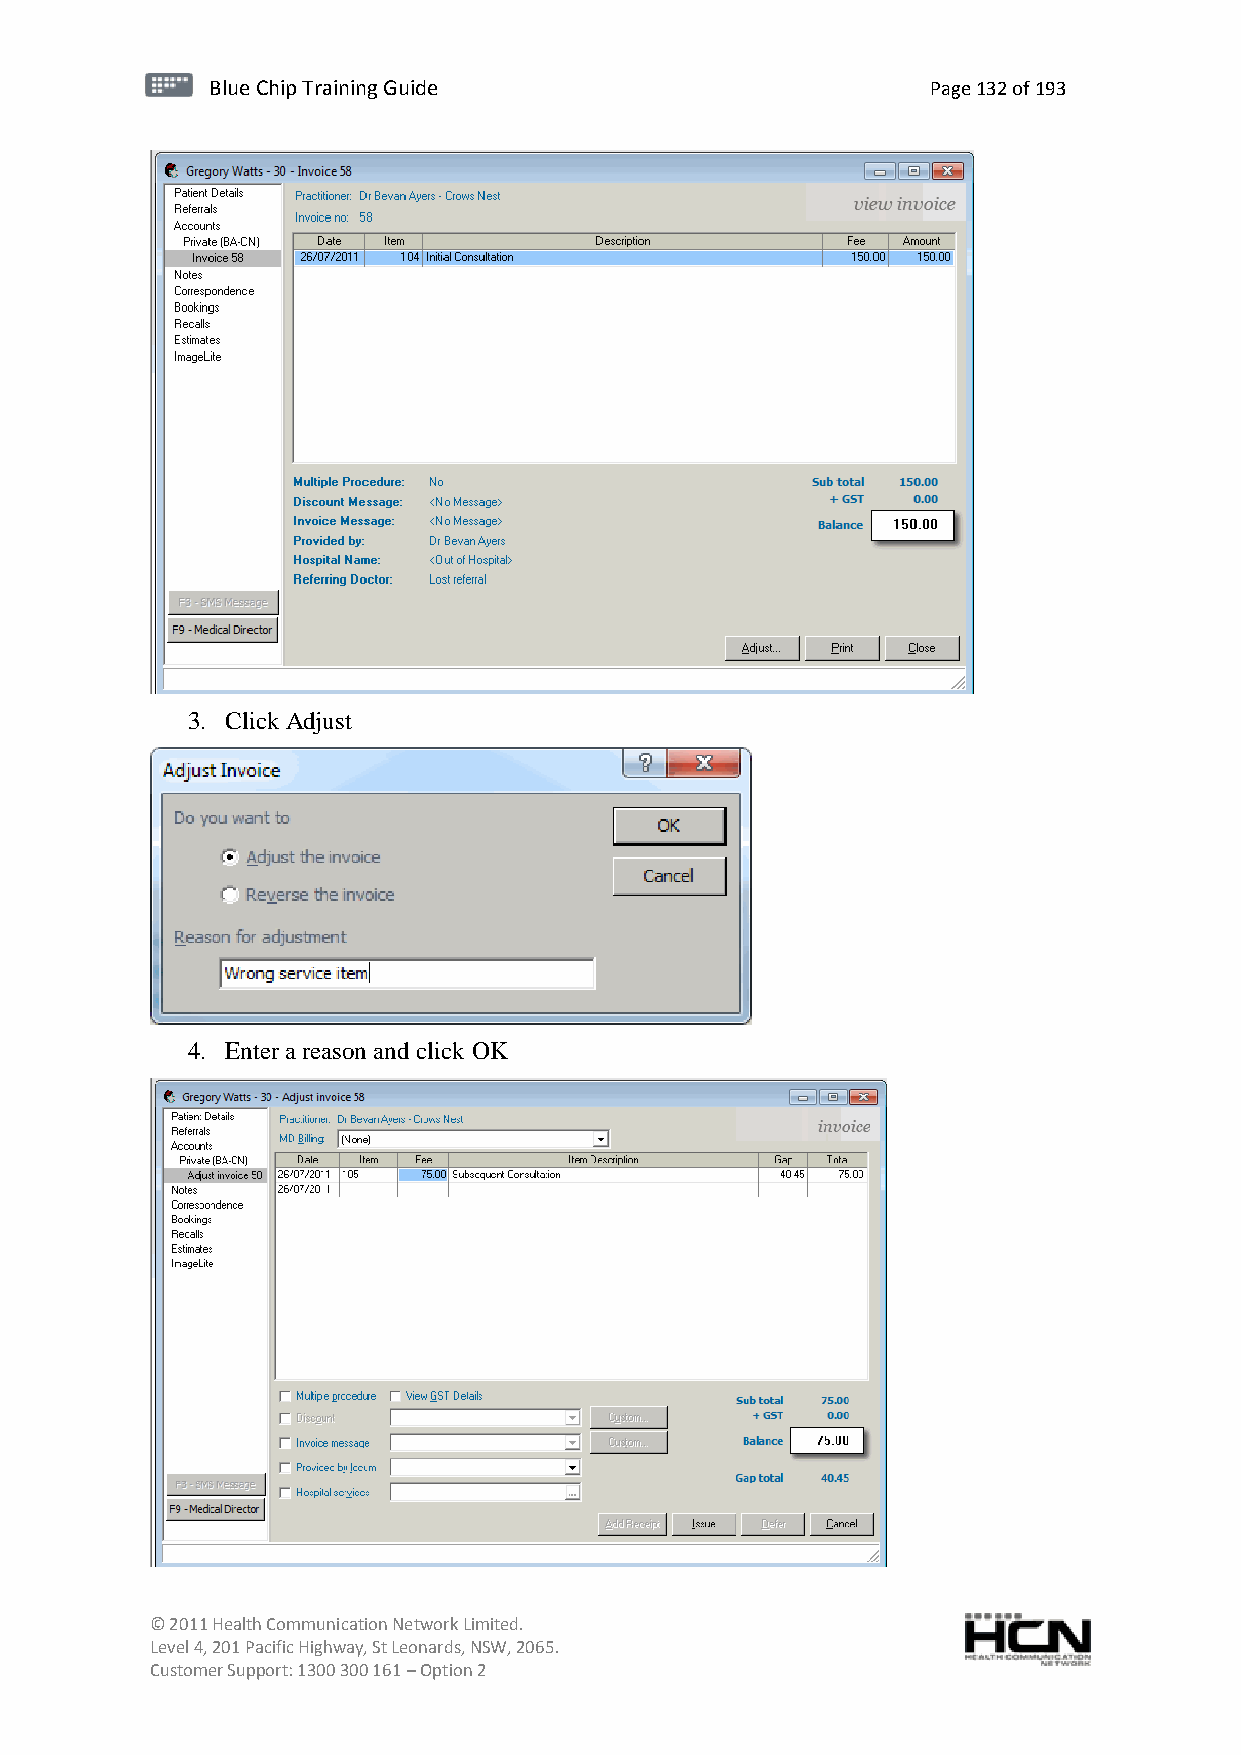
BBlluuee C Chihpi pTr Tairnainingi Gnugi dGeu ide Page 132 of 193
 3. Click Adjust
 4. Enter a reason and click OK
 © 2011 Health Communication Network Limited.
 Level 4, 201 Pacific Highway, St Leonards, NSW, 2065.
 Customer Support: 1300 300 161 – Option 2